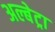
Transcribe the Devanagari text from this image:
अल्बेट्रा